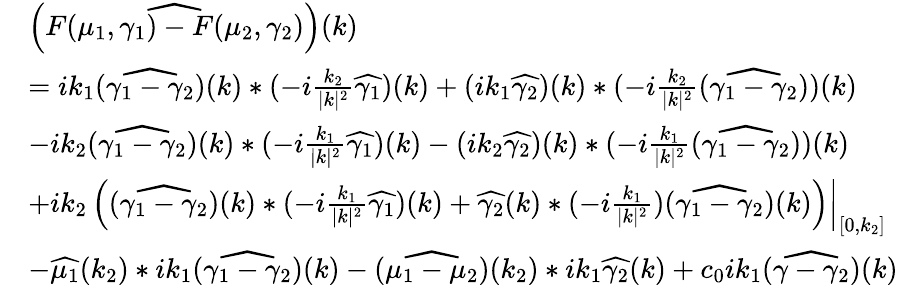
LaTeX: \begin{array}{rl}&{\left(\widehat{F(\mu_{1},\gamma_{1})-F({\mu_{2},\gamma_{2}})}\right)(k)}\\ &{=ik_{1}(\widehat{\gamma_{1}-{\gamma_{2}}})(k)*(-i\frac{k_{2}}{|k|^{2}}\widehat{\gamma_{1}})(k)+(ik_{1}\widehat{{\gamma_{2}}})(k)*(-i\frac{k_{2}}{|k|^{2}}(\widehat{\gamma_{1}-{\gamma_{2}}}))(k)}\\ &{-ik_{2}(\widehat{\gamma_{1}-{\gamma_{2}}})(k)*(-i\frac{k_{1}}{|k|^{2}}\widehat{\gamma_{1}})(k)-(ik_{2}\widehat{{\gamma_{2}}})(k)*(-i\frac{k_{1}}{|k|^{2}}(\widehat{\gamma_{1}-{\gamma_{2}}}))(k)}\\ &{+\left.ik_{2}\left((\widehat{\gamma_{1}-{\gamma_{2}}})(k)*(-i\frac{k_{1}}{|k|^{2}}\widehat{\gamma_{1}})(k)+\widehat{{\gamma_{2}}}(k)*(-i\frac{k_{1}}{|k|^{2}})(\widehat{\gamma_{1}-{\gamma_{2}}})(k)\right)\right|_{[0,k_{2}]}}\\ &{-\widehat{\mu_{1}}(k_{2})*ik_{1}(\widehat{\gamma_{1}-{\gamma_{2}}})(k)-(\widehat{\mu_{1}-\mu_{2}})(k_{2})*ik_{1}\widehat{\gamma_{2}}(k)+c_{0}ik_{1}(\widehat{\gamma-{\gamma_{2}}})(k)}\end{array}